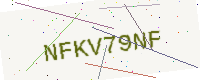
Text: NFKV79NF